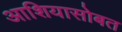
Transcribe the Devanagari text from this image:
आशियासोबत